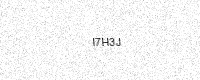
Text: I7H3J